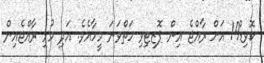
ކޮވިޑް19 އަށް ރާއްޖެ އިން ޕޮޒިޓިވި ހަތްވަނަ މީހާއެވެ. އަދި މުޅި ރާއްޖެއިން